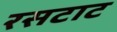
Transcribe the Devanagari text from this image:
रसटाट